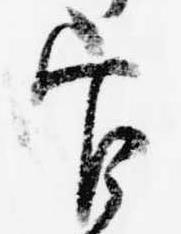
官